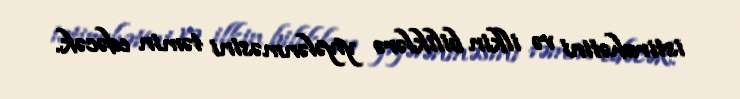
istirahətini və ilkin biliklərə yiyələnməsini təmin edəcək.